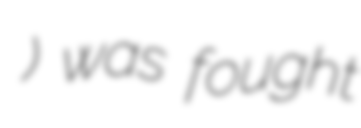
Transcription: при Солун) was fought